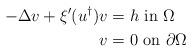
LaTeX: \begin{align*}\begin{aligned}-\Delta v+\xi'(u^\dagger)v&=h \mbox{ in }\Omega\\v&=0 \mbox{ on }\partial\Omega\end{aligned}\end{align*}